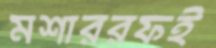
মশাররফই